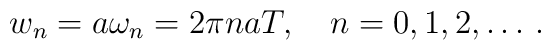
w_n=a \omega_n = 2 \pi n a T, \quad n=0,1,2, \ldots \,{.}